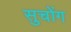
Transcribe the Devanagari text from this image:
सुचोंग